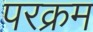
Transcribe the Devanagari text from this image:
परक्रम